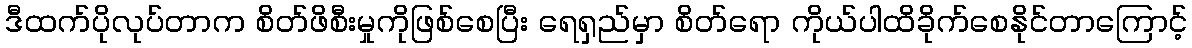
ဒီထက်ပိုလုပ်တာက စိတ်ဖိစီးမှုကိုဖြစ်စေပြီး ရေရှည်မှာ စိတ်ရော ကိုယ်ပါထိခိုက်စေနိုင်တာကြောင့်